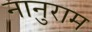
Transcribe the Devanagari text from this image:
नानुराम